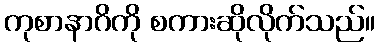
ကုစာနာဂိကို စကားဆိုလိုက်သည်။